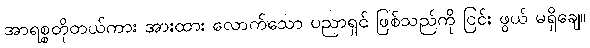
အာရစ္စတိုတယ်ကား အားထား လောက်သော ပညာရှင် ဖြစ်သည်ကို ငြင်း ဖွယ် မရှိချေ။